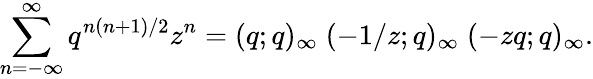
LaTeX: \sum_{n=-\infty}^{\infty}q^{n(n+1)/2}z^{n}=(q;q)_{\infty}\; (-1/z;q)_{\infty}\; (-zq;q)_{\infty}.